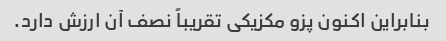
بنابراین اکنون پزو مکزیکی تقریباً نصف آن ارزش دارد.